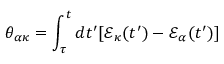
\theta _ { \alpha \kappa } = \int _ { \tau } ^ { t } d t ^ { \prime } [ \mathcal { E } _ { \kappa } ( t ^ { \prime } ) - \mathcal { E } _ { \alpha } ( t ^ { \prime } ) ]